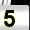
Digit: 5